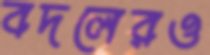
বদলেরও